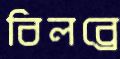
বিলব্রে